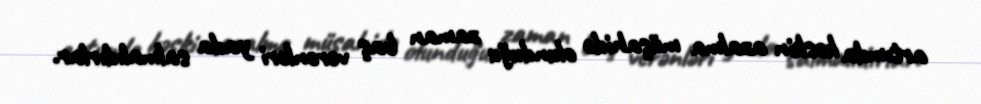
artımda kəskin azalma müşahidə olunduğu zaman baş verənləri yada salmalıdırlar.